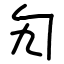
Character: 勼